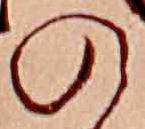
の